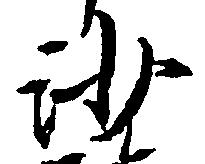
沙